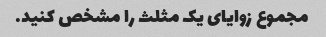
مجموع زوایای یک مثلث را مشخص کنید.